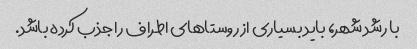
با رشد شهر، باید بسیاری از روستاهای اطراف را جذب کرده باشد.